Leaving Certificate Examination (including Day School Certificate (Higher) General paper), 1936
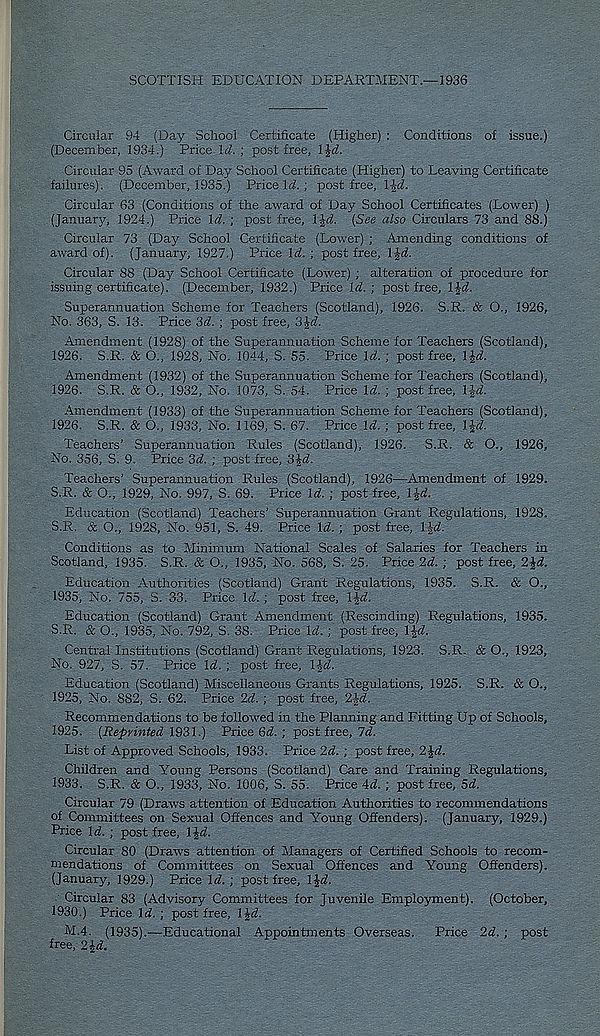
SCOTTISH EDUCATION DEPARTMENT.—1936
Circular 94 (Day School Certificate (Higher) : Conditions of issue.)
(December, 1934.) Price W. ; post free, l$d.
Circular 95 (Award of Day School Certificate (Higher) to Leaving Certificate
failures). (December, 1935.) Price W. ; post free, l£d.
Circular 63 (Conditions of the award of Day School Certificates (Lower) )
(January, 1924.) Price Id. ; post free, h}d. (See also Circulars 73 and 88.)
Circular 73 (Day School Certificate (Lower) ; Amending conditions of
award of). (January, 1927.) Price Id.; post free, l$d.
Circular 88 (Day School Certificate (Lower) ; alteration of procedure for
issuing certificate). (December, 1932.) Price Id. ; post free, l%d.
Superannuation Scheme for Teachers (Scotland), 1926. S.R. & O., 1926,
No. 363, S. 13. Price 3d. ; post free, 3£d.
Amendment (1928) of the Superannuation Scheme for Teachers (Scotland),
1926. S.R. & O., 1928, No. 1044, S. 55. Price Id. ; post free, l£d.
Amendment (1932) of the Superannuation Scheme for Teachers (Scotland),
1926. S.R. & O., 1932, No. 1073, S. 54. Price Id. ; post free, Ifd
Amendment (1933) of the Superannuation Scheme for Teachers (Scotland),
1926. S.R. & O., 1933, No. 1169, S. 67. Price Id. ; post free, l%d.
Teachers’ Superannuation Rules (Scotland), 1926. S.R. & O., 1926,
No. 356, S. 9. Price 3d. ; post free, 3J<7.
Teachers’ Superannuation Rules (Scotland), 1926—Amendment of 1929.
S.R. & O., 1929, No. 997, S. 69. Price Id. ; post free, l$d.
Education (Scotland) Teachers’ Superannuation Grant Regulations, 1928.
S.R. & O., 1928, No. 951, S. 49. Price Id. ; post free, l£d.
Conditions as to Minimum National Scales of Salaries for Teachers in
Scotland, 1935. S.R. & O., 1935, No. 568, S. 25. Price 2d. ; post free, 2Jrf.
Education Authorities (Scotland) Grant Regulations, 1935. S.R. & O.,
1935, No. 755, S. 33. Price Id. ; post free, l£a!.
Education (Scotland) Grant Amendment (Rescinding) Regulations, 1935.
S.R. & O., 1935, No. 792, S. 38. Price Id. ; post free, l^d.
Central Institutions (Scotland) Grant Regulations, 1923. S.R. & O., 1923,
No. 927, S. 57. Price Id. ; post free, l%d.
Education (Scotland) Miscellaneous Grants Regulations, 1925. S.R. & O.,
1925, No. 882, S. 62. Price 2d.; post free, 2}d.
Recommendations to be followed in the Planning and Fitting Up of Schools,
1925. (Reprinted 1931.) Price 3d. ; post free, 7d.
List of Approved Schools, 1933. Price 2d. ; post free, 2\d.
Children and Young Persons (Scotland) Care and Training Regulations,
1933. S.R. & O., 1933, No. 1006, S. 55. Price id. ; post free, 5d.
Circular 79 (Draws attention of Education Authorities to recommendations
of Committees on Sexual Offences and Young Offenders). (January, 1929.)
Price \d. ; post free, IJd.
Circular 80 (Draws attention of Managers of Certified Schools to recom-
mendations of Committees on Sexual Offences and Young Offenders).
(January, 1929.) Price Id. ; post free, l£d.
Circular 83 (Advisory Committees for Juvenile Employment). (October,
1930.) Price Id.; post free, 1£d.
M.4. (1935).—Educational Appointments Overseas. Price 2d. ; post
free, 2 id.